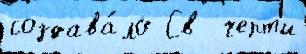
создава́ло Св  черт'и